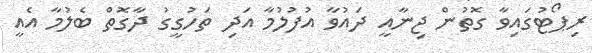
ރިޕޯޓުގައިވާ ގޮތުން ޖިނާއީ ދައުވާ އުފުލުމާ އަދި ތަހުގީގު ދާގޮތް ބެލުމާ އެއީ